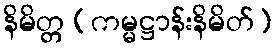
နိမိတ္တ (ကမ္မဋ္ဌာန်းနိမိတ်)